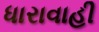
ધારાવાહી